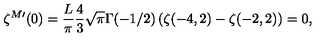
\zeta ^ { M \prime } ( 0 ) = \frac { L } { \pi } \frac 4 3 \sqrt { \pi } \Gamma ( - 1 / 2 ) \left( \zeta ( - 4 , 2 ) - \zeta ( - 2 , 2 ) \right) = 0 ,